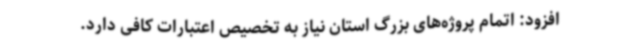
افزود: اتمام پروژه‌های بزرگ استان نیاز به تخصیص اعتبارات کافی دارد.